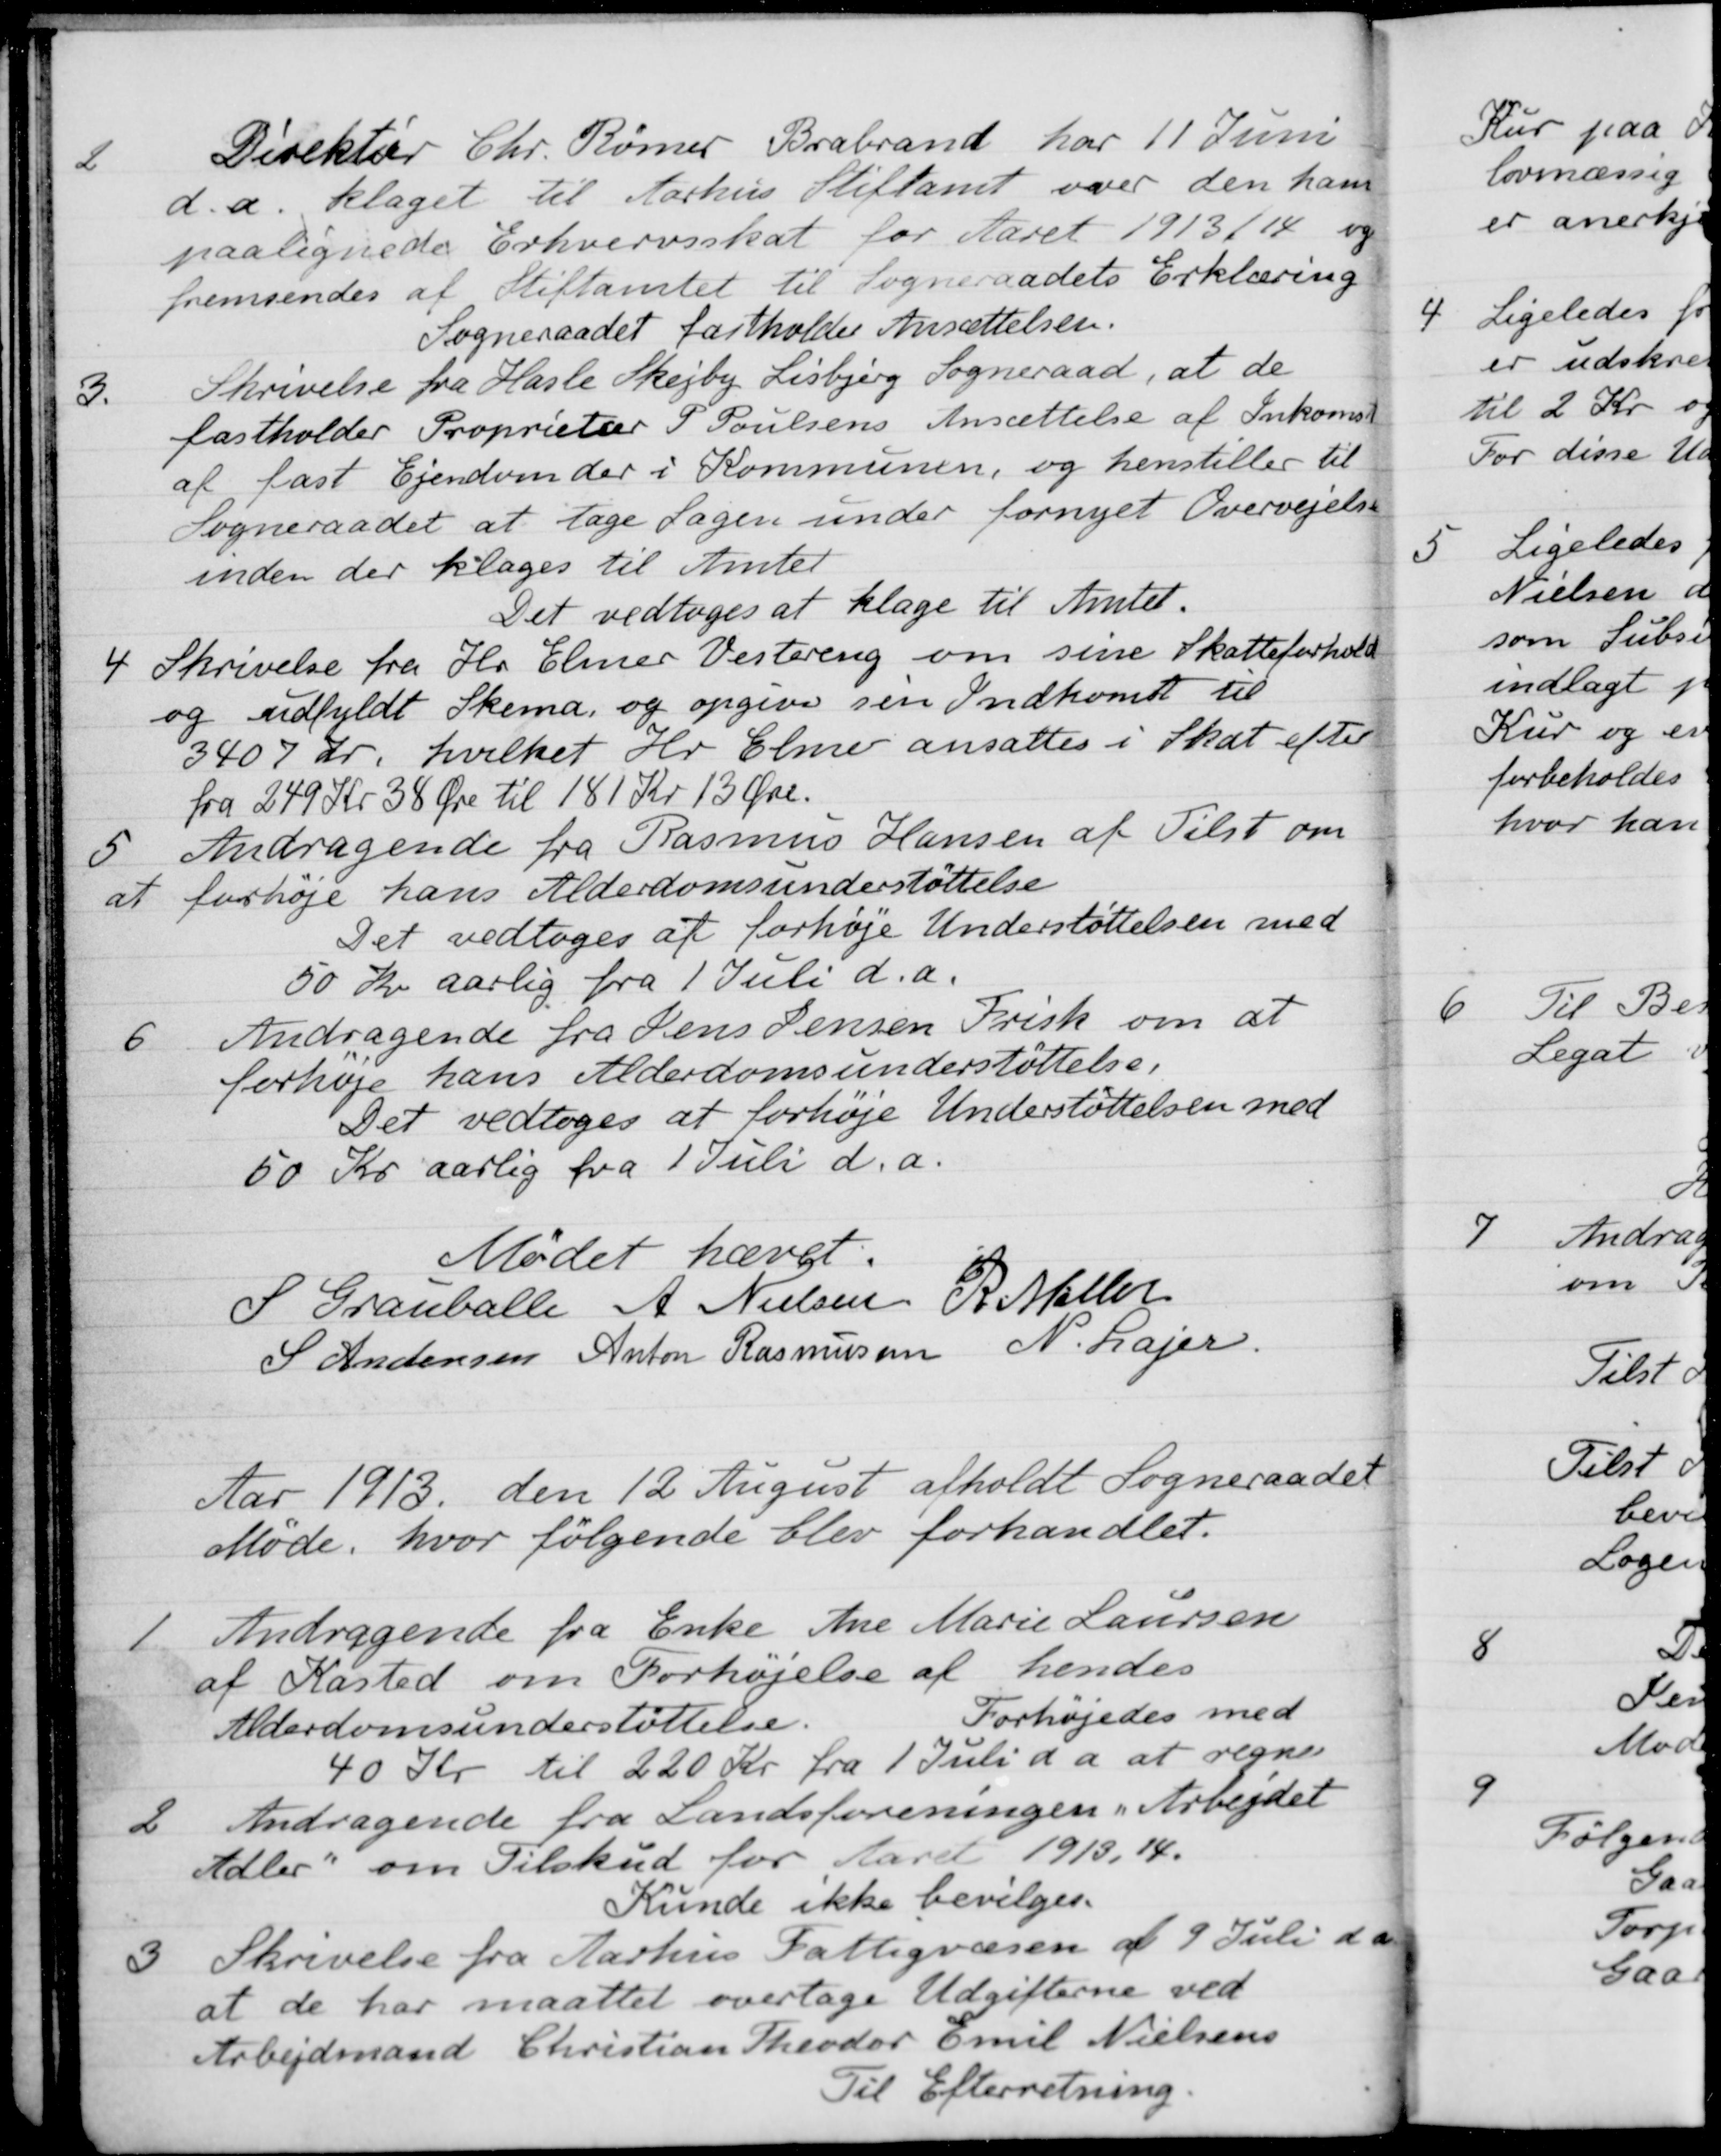
Transskription:
2
Direktør Chr. Rømer Brabrand har 11 Juni
d.a. klaget til Aarhus Stiftamt over den ham
paalignede Erhvervsskat for Aaret 1913/14 og
fremsendes af Stiftamtet til Sogneraadets Erklæring
Sogneraadet fastholder Ansættelsen.
3.
Skrivelse fra Hasle Skejby Lisbjerg Sogneraad, at de
fastholder Proprietær P Poulsens Ansættelse af Inkomst
af fast Ejendom der i Kommunen, og henstiller til
Sogneraadet at tage Sagen under fornyet Overvejelse
inden der klages til Amtet
Det vedtoges at klage til Amtet.
4
4 Skrivelse fra Hr. Elmer Vestereng om sine Skatteforhold
og udfyldt Skema, og opgiver sin Indkomst til
3407 Kr. hvilket Hr. Elmer ansattes i Skat efter
fra 249 Kr 38 Øre til 181 Kr 13 Øre.
5
Andragende fra Rasmus Hansen af Tilst om
at forhøje hans Alderdomsunderstøttelse
Det vedtoges at forhøje Understøttelsen med
50 Kr aarlig fra 1 Juli d.a.
6
Andragende fra Jens Jensen Frisk om at
forhøje hans Alderdomsunderstøttelse.
Det vedtoges at forhøje Understøttelsen med
50 Kr aarlig fra 1 Juli d.a.
Mødet hævet.
S. Grauballe
A. Nielsen
R. Møller
S Andersen
Anton Rasmussen
N. Lajer

Aar 1913 den 12 August afholdt Sogneraadet
Møde, hvor følgende blev forhandlet.
1
Andragende fra Enke Ane Marie Laursen
af Kasted om Forhøjelse af hendes
Alderdomsunderstøttelse.
Forhøjedes med
40 Kr til 220 Kr fra 1 Juli d a. at regne
2
Andragende fra Landsforeningen i Arbejdet
Adler om Tilskud for Aaret 1913, 14.
Kunde ikke bevilges.
3
Skrivelse fra Aarhus Fattigvæsen af 9 Juli d. A.
at de har maattet overtage Udgifterne ved
Arbejdsmand Christian Theodor Emil Nielsens
Til Efterretning.